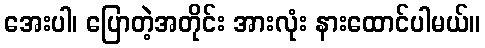
အေးပါ၊ ပြောတဲ့အတိုင်း အားလုံး နားထောင်ပါမယ်။